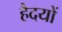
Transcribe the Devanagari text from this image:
हैदयों